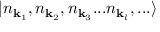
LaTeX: | n _ { \mathbf { k } _ { 1 } } , n _ { \mathbf { k } _ { 2 } } , n _ { \mathbf { k } _ { 3 } } . . . n _ { \mathbf { k } _ { l } } , . . . \rangle